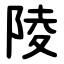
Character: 陵